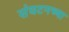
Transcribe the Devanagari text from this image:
संघटनच्या